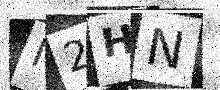
Text: M2HN